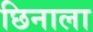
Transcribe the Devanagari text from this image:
छिनाला